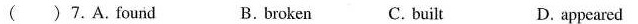
( ) 7. A. Found B. broken C. built D. appeared